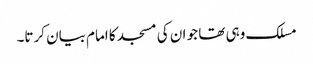
مسلک وہی تھا جو ان کی مسجد کا امام بیان کرتا۔